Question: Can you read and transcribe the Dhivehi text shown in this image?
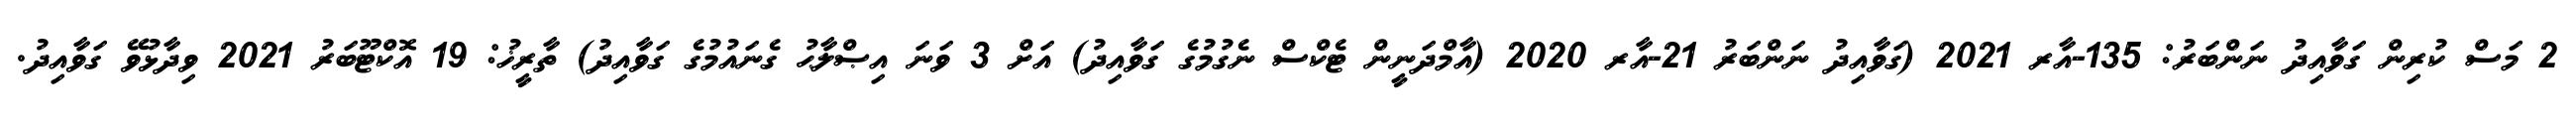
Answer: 2 މަސް ކުރިން ގަވާއިދު ނަންބަރު: 135-އާރ 2021 (ގަވާއިދު ނަންބަރު 21-އާރ 2020 (އާމްދަނީން ޓެކްސް ނެގުމުގެ ގަވާއިދު) އަށް 3 ވަނަ އިޞްލާޙު ގެނައުމުގެ ގަވާއިދު) ތާރީޚު: 19 އޮކްޓޫބަރު 2021 ވިދާޅުވޭ ގަވާއިދު.